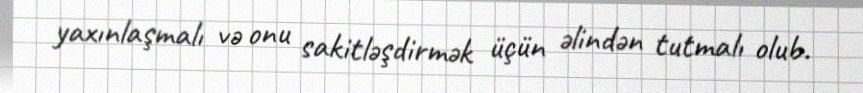
yaxınlaşmalı və onu sakitləşdirmək üçün əlindən tutmalı olub.